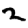
Digit: 2